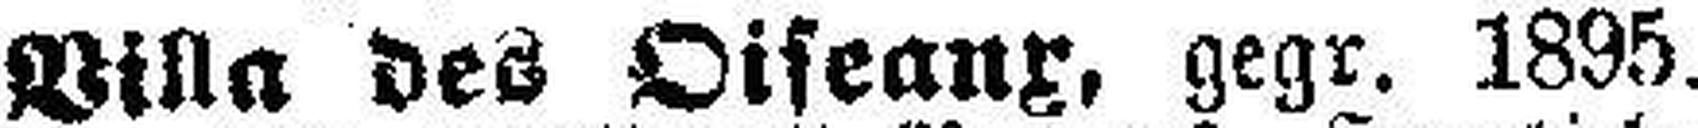
Villa des Oifeanx, gegr. 1895.